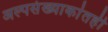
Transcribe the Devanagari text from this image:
अल्पसंख्याकांतही